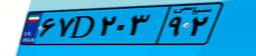
۶۷D۲۰۳۹۲